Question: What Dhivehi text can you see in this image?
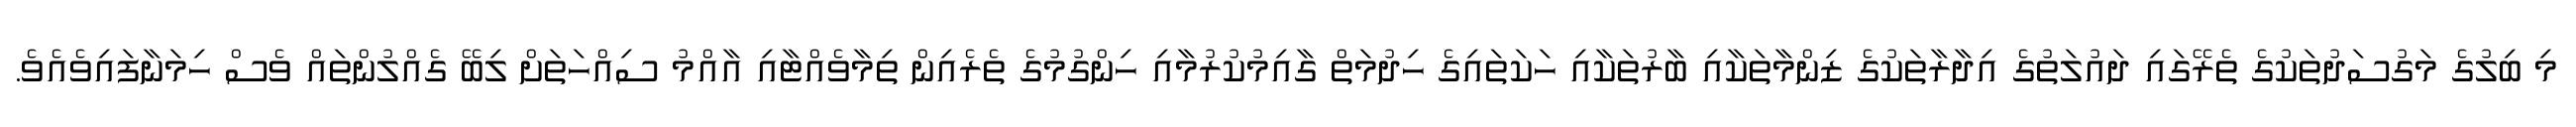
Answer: މި ބިލުގެ މަގުސަދުތަކުގެ ތެރޭގައި ދައުލަތުގެ އިދާރާތަކުގެ ޒިންމާތަކާއި ބާރުތަކާއި ހަކަތައިގެ ހިދުމަތް ގާއިމުކުރުމާއި ހިންގުމުގެ ތެރެއިން ތިމާވެއްޓާއި އާއްމު ސިއްހަތަށް ލިބޭ ގެއްލުންތައް ވެސް ހިމަނާފައިވެއެވެ.